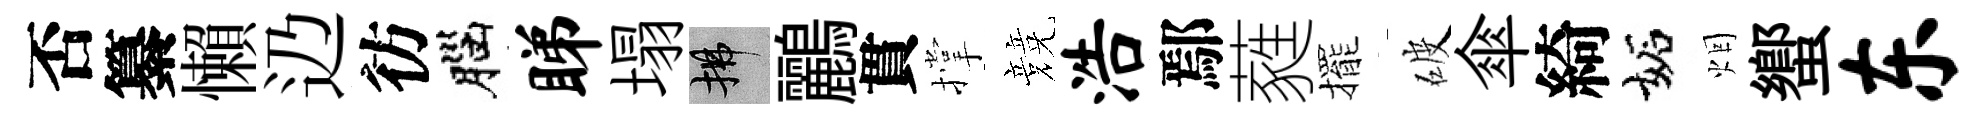
否纂懶辸彷腦睇塌拂鸝貫撑競浩鄢蕤擺破傘綺妬烟蠁东